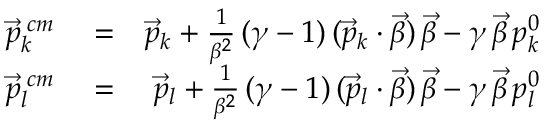
\begin{array} { r l r } { \vec { p } _ { k } ^ { \; c m } } & { { } = } & { \vec { p } _ { k } + \frac { 1 } { \beta ^ { 2 } } \, ( \gamma - 1 ) \, ( \vec { p } _ { k } \cdot \vec { \beta } ) \, \vec { \beta } - \gamma \, \vec { \beta } \, p _ { k } ^ { 0 } } \\ { \vec { p } _ { l } ^ { \; c m } } & { { } = } & { \vec { p } _ { l } + \frac { 1 } { \beta ^ { 2 } } \, ( \gamma - 1 ) \, ( \vec { p } _ { l } \cdot \vec { \beta } ) \, \vec { \beta } - \gamma \, \vec { \beta } \, p _ { l } ^ { 0 } } \end{array}